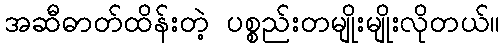
အဆီဓာတ်ထိန်းတဲ့ ပစ္စည်းတမျိုးမျိုးလိုတယ်။